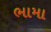
ભામા